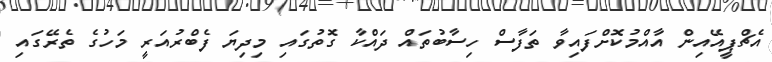
އެޗްޕީއޭއިން އާއްމުކޮށްފައިވާ ތަފާސް ހިސާބުތައް ދައްކާ ގޮތުގައި މިދިޔަ ފެބްރުއަރީ މަހުގެ ތެރޭގައި